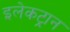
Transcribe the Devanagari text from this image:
इलेकट्रान